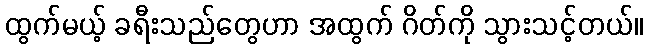
ထွက်မယ့် ခရီးသည်တွေဟာ အထွက် ဂိတ်ကို သွားသင့်တယ်။